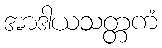
အာဒါယသတ္တကံ